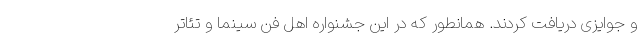
و جوایزی دریافت کردند. همانطور که در این جشنواره اهل فن سینما و تئاتر